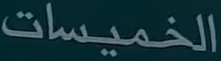
الخميسات